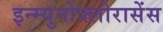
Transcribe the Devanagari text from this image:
इन्म्युनोफ्लोरासेंस